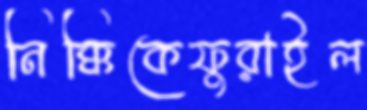
নিক্কিকেফুরাইল